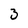
Character: 3